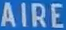
AIRE